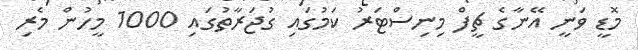
މޮޑީ ވަނީ އޭނާގެ ޗީފް މިނިސްޓަރު ކަމުގައި ގުޖަރާތުގައި 1000 މީހުން މެރި